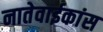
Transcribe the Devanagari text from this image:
नातेवाईकांस